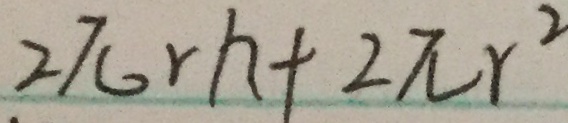
2 \pi r h + 2 \pi r ^ { 2 }